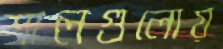
শালগুলোয়